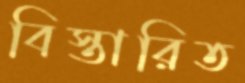
বিস্তারিত